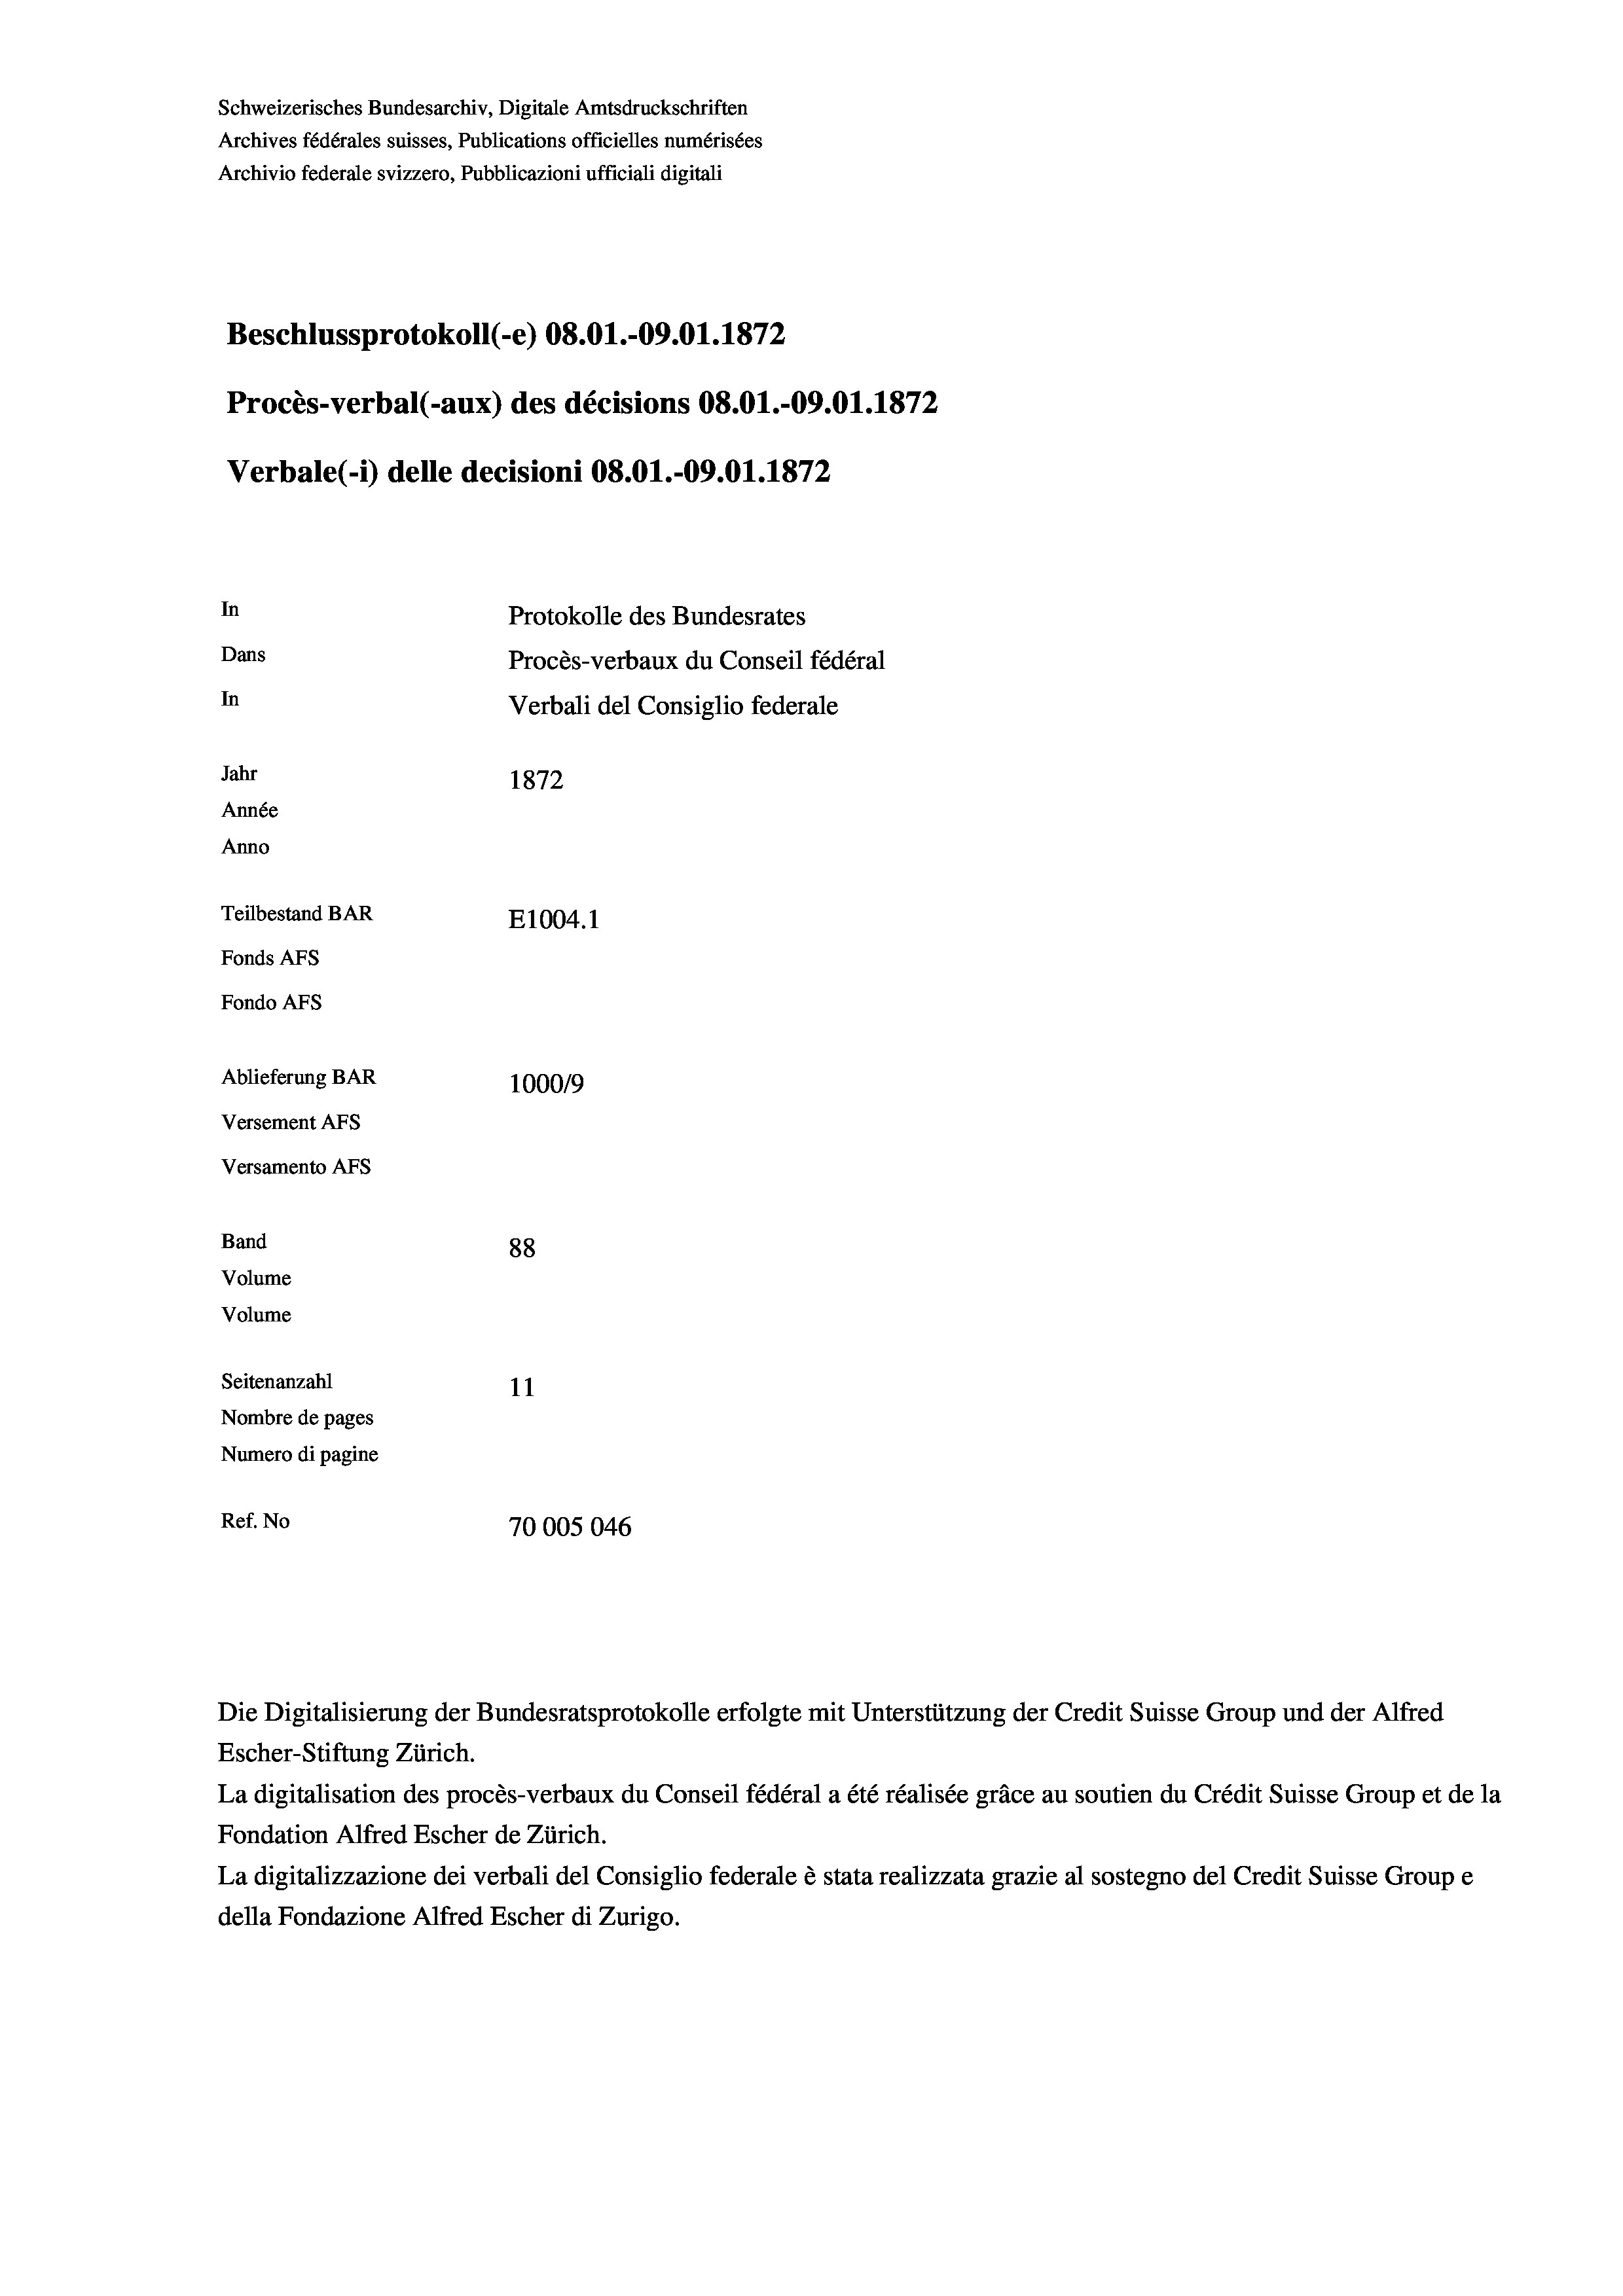
Schweizerisches Bundesarchiv, Digitale Amtsdruckschriften
Archives fédérales suisses, Publications officielles numérisées
Archivio federale svizzero, Pubblicazioni ufficiali digitali
Beschlussprotokoll (-e) 08.01.-09.01. 1872
Procès-verbal (-aux) des décisions 08.01.-09.01. 1872
Verbale (1) delle decisioni 08.01.-09.01. 1872
In
Protokolle des Bundesrates
Dans
Procès-verbaux du Conseil fédéral
In
Verbali del Consiglio federale
Jahr
1872
Année
Anno
Teilbestand BAR
E1004. 1
Fonds Afs
Fondo AFS
Ablieferung BAR
100019
Versement AFs
Versamento AFs

88
Volume
Volume
Seitenanzahl
11
Nombre de pages
Numero di pagine
Ref. No
70005046

Band

Escher-Stiftung Zürich.
La digitalisation des procès-verbaux du Conseil fédéral a été réalisée gräce au soutien du Crédit Suisse Group et de la
Fondation Alfred Escher de Zürich.
La digitalizzazione dei verbali del Consiglio federale è stata realizzata grazie al sostegno del Credit Suisse Groupe
della Fondazione Alfred Escher di Zurigo.

Die Digitalisierung der Bundesratsprotokolle erfolgte mit Unterstützung der Credit Suisse Group und der Alfred